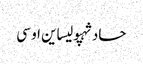
حادثہپولیساین او سی